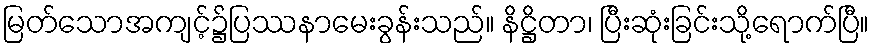
မြတ်သောအကျင့်၌ပြဿနာမေးခွန်းသည်။ နိဋ္ဌိတာ၊ ပြီးဆုံးခြင်းသို့ရောက်ပြီ။